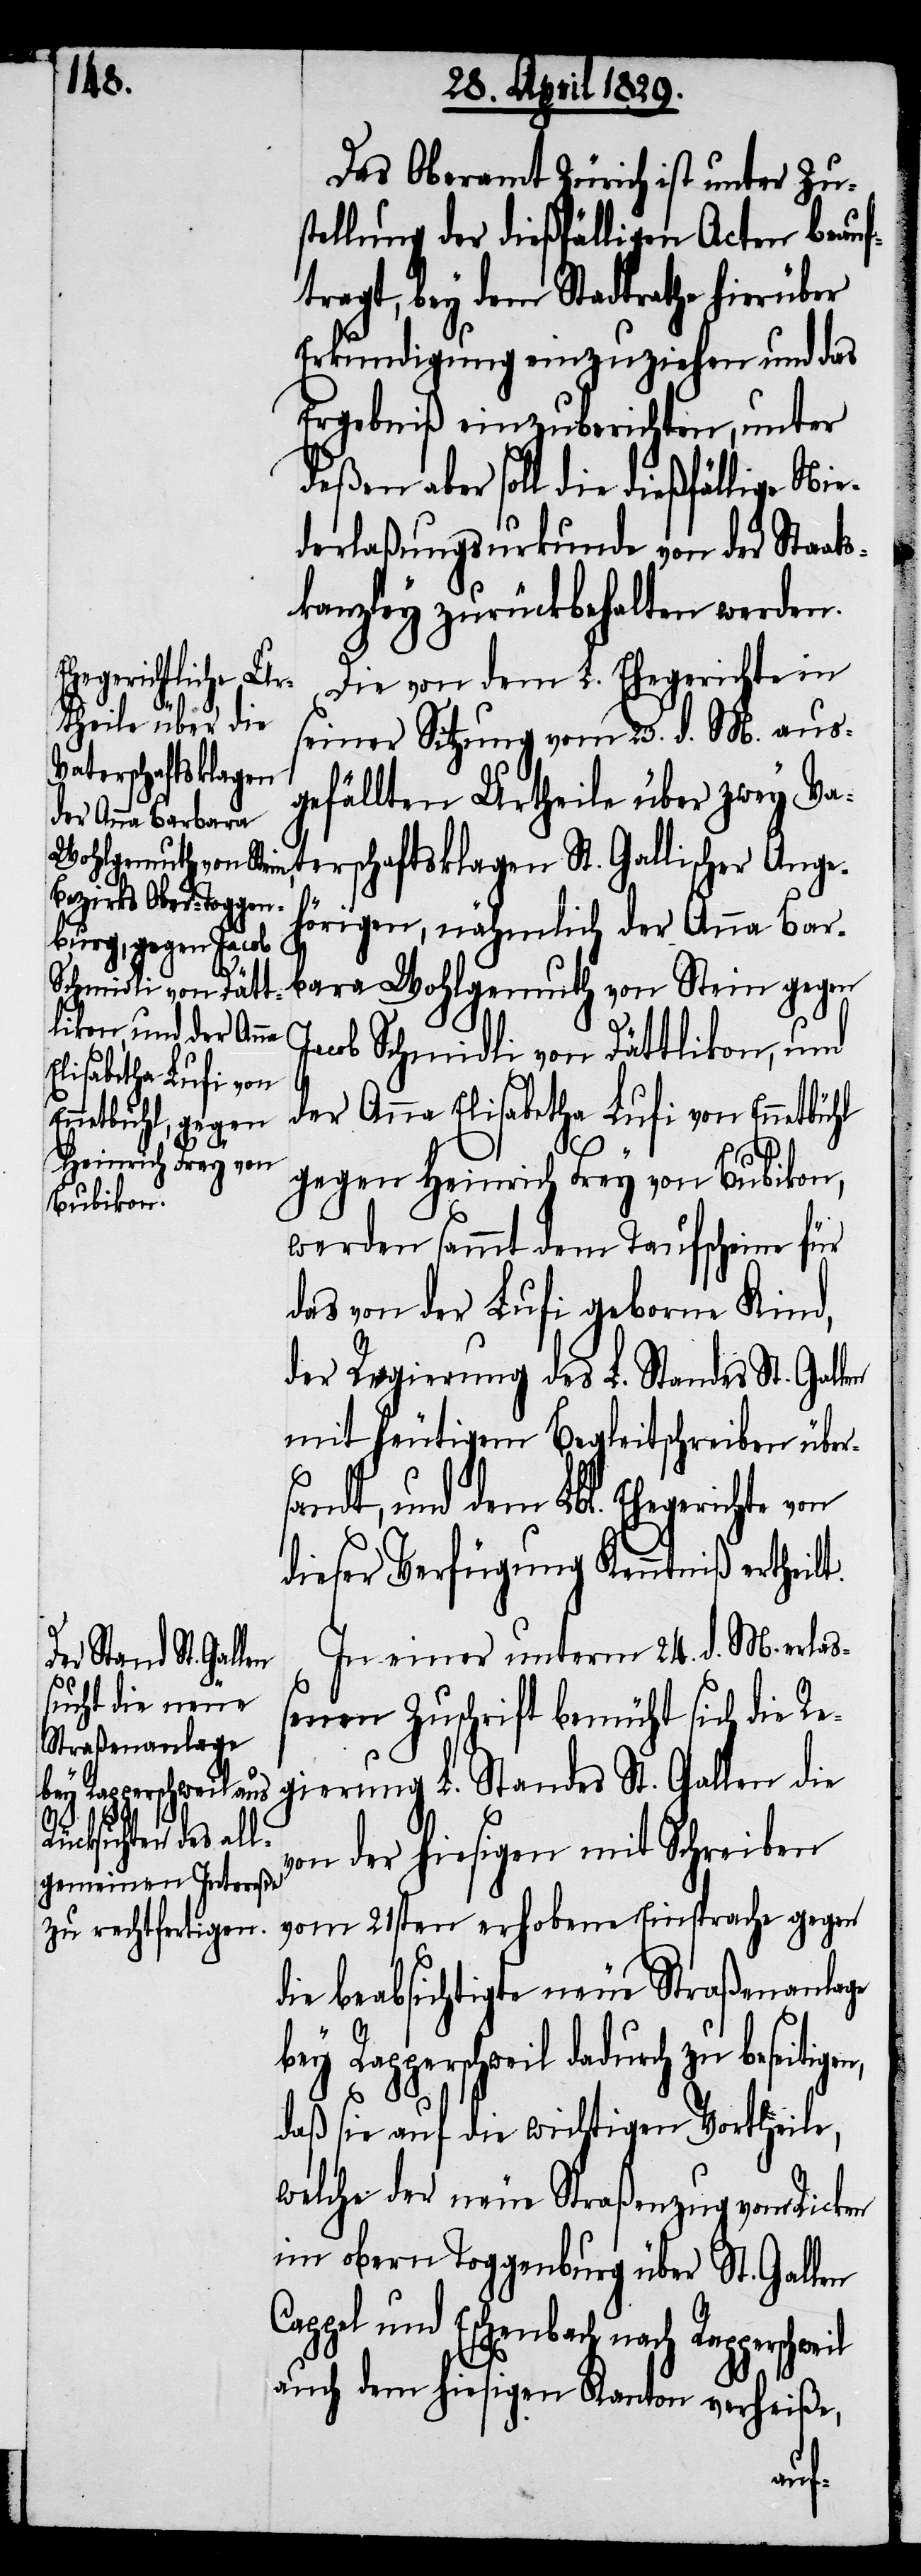
rschweil

Das Oberamt Zürich ist unter Zus¬
tellung der dießfälligen Acten beauf¬
tragt, bey dem Stadtrathe hierüber
Erkundigung einzuziehen und das
Ergebniß einzuberichten, unter
deßen aber soll die dießfällige Nie¬
derlaßungsurkunde von der Staats¬
kanzley zurückbehalten werden.
Die von dem L. Ehegerichte in
seiner Sitzung vom 23. d. M. aus¬
gefällten Urtheile über zwey Va¬
terschaftsklagen St. Gallischer Ange¬
hörigen, nähmlich der Anna Bar¬
bara Wohlgemuth von Stein gegen
Jacob Schmidli von Dättlikon, und
der Anna Elisabetha Lufi von Ennetbühl
gegen Heinrich Frey von Bubikon,
werden sammt dem Taufscheine für
das von der Lufi geborne Kind,
der Regierung des L. Standes St. Gallen
mit heutigem Begleitschreiben über¬
sandt, und dem Lbl. Ehegerichte von
dieser Verfügung Kenntniß ertheilt.
In einer unterm 24. d. M. erla¬
ßenen Zuschrift bemüht sich die Re¬
gierung L. Standes St. Gallen die
von der hiesigen mit Schreiben
vom 21sten erhobene Einsprache gegen
die beabsichtigte neue Straßenanlage
bey Rapperschweil dadurch zu beseitig¬
daß sie auf die wichtigen Vortheile,
welche der neue Straßenzug vom Ricken
im obern Toggenburg über St. Gallen
Cappel und Eschenbach nach Rappe¬
auch dem hiesigen Kanton verheiße,
en,